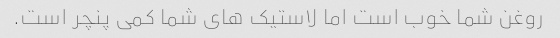
روغن شما خوب است اما لاستیک های شما کمی پنچر است.